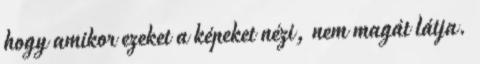
hogy amikor ezeket a képeket nézi, nem magát látja.